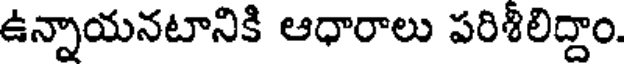
ఉన్నాయనటానికి ఆధారాలు పరిశీలిద్దాం.